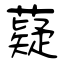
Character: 薿